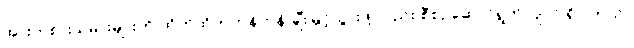
အားကစားသမားများကို ထိုက်ထိုက်တန်တန် ချီးမြှင့်သွားဖို့ လည်း စီစဉ်ဆောင်ရွက်လျက် ရှိပါတယ်။